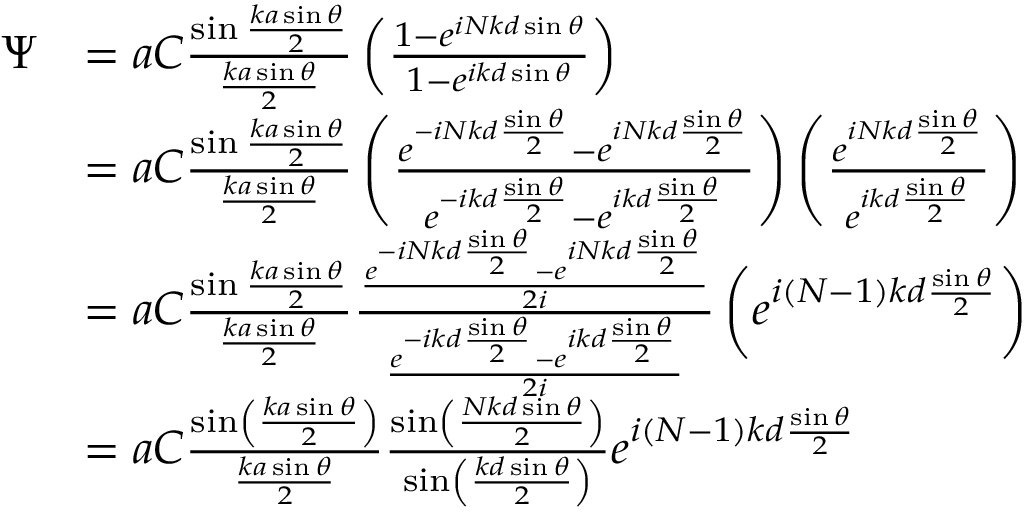
{ \begin{array} { r l } { \Psi } & { = a C { \frac { \sin { \frac { k a \sin \theta } { 2 } } } { \frac { k a \sin \theta } { 2 } } } \left( { \frac { 1 - e ^ { i N k d \sin \theta } } { 1 - e ^ { i k d \sin \theta } } } \right) } \\ & { = a C { \frac { \sin { \frac { k a \sin \theta } { 2 } } } { \frac { k a \sin \theta } { 2 } } } \left( { \frac { e ^ { - i N k d { \frac { \sin \theta } { 2 } } } - e ^ { i N k d { \frac { \sin \theta } { 2 } } } } { e ^ { - i k d { \frac { \sin \theta } { 2 } } } - e ^ { i k d { \frac { \sin \theta } { 2 } } } } } \right) \left( { \frac { e ^ { i N k d { \frac { \sin \theta } { 2 } } } } { e ^ { i k d { \frac { \sin \theta } { 2 } } } } } \right) } \\ & { = a C { \frac { \sin { \frac { k a \sin \theta } { 2 } } } { \frac { k a \sin \theta } { 2 } } } { \frac { \frac { e ^ { - i N k d { \frac { \sin \theta } { 2 } } } - e ^ { i N k d { \frac { \sin \theta } { 2 } } } } { 2 i } } { \frac { e ^ { - i k d { \frac { \sin \theta } { 2 } } } - e ^ { i k d { \frac { \sin \theta } { 2 } } } } { 2 i } } } \left( e ^ { i ( N - 1 ) k d { \frac { \sin \theta } { 2 } } } \right) } \\ & { = a C { \frac { \sin \left( { \frac { k a \sin \theta } { 2 } } \right) } { \frac { k a \sin \theta } { 2 } } } { \frac { \sin \left( { \frac { N k d \sin \theta } { 2 } } \right) } { \sin \left( { \frac { k d \sin \theta } { 2 } } \right) } } e ^ { i \left( N - 1 \right) k d { \frac { \sin \theta } { 2 } } } } \end{array} }